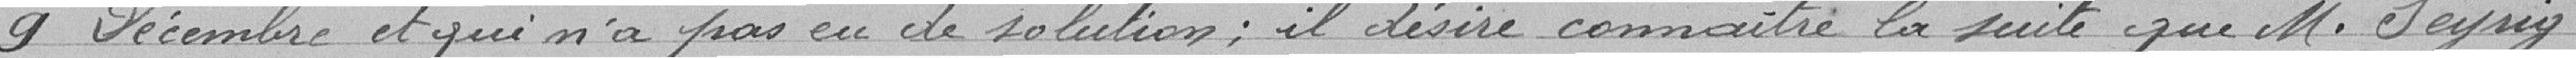
9 Décembre et qui n'a pas eu de solution ; il désire connaître la suite que M. Seyrig